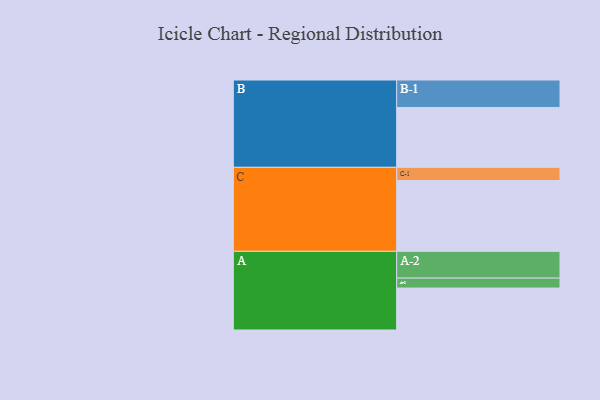
{"axis": {"x": "Segment", "y": "Value"}, "legend": ["", "A", "B", "C"], "data": [{"x": "A", "y": 304, "type": ""}, {"x": "B", "y": 434, "type": ""}, {"x": "C", "y": 513, "type": ""}, {"x": "A-1", "y": 72, "type": "A"}, {"x": "A-2", "y": 194, "type": "A"}, {"x": "B-1", "y": 199, "type": "B"}, {"x": "C-1", "y": 96, "type": "C"}]}